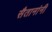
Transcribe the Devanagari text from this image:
सैतानांनी